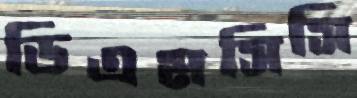
ডিএমসিসি